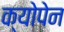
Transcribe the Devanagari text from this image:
क्योपेन